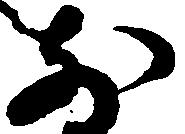
前